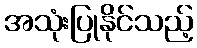
အသုံးပြုနိုင်သည့်